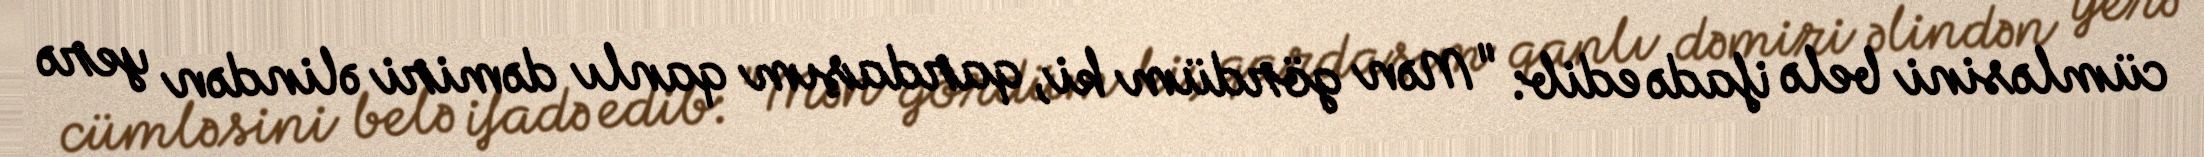
cümləsini belə ifadə edib: "Mən gördüm ki, qardaşım qanlı dəmiri əlindən yerə